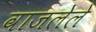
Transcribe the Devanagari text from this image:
वाजलेले